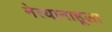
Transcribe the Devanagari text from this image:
नेत्यानाहूला